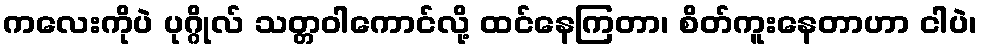
ကလေးကိုပဲ ပုဂ္ဂိုလ် သတ္တဝါကောင်လို့ ထင်နေကြတာ၊ စိတ်ကူးနေတာဟာ ငါပဲ၊